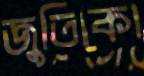
জুতিকো